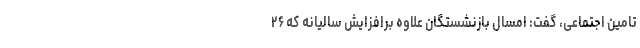
تامین اجتماعی، گفت: امسال بازنشستگان علاوه برافزایش سالیانه که ۲۶